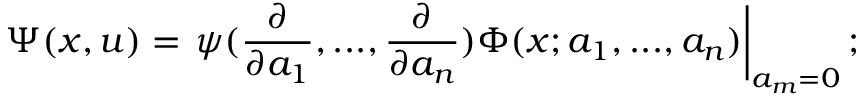
\Psi ( x , u ) = \left. \psi ( \frac { \partial } { \partial a _ { 1 } } , . . . , \frac { \partial } { \partial a _ { n } } ) \Phi ( x ; a _ { 1 } , . . . , a _ { n } ) \right| _ { a _ { m } = 0 } ;